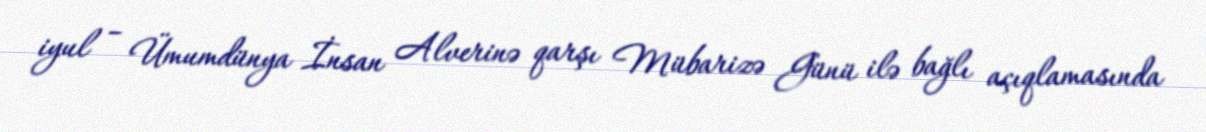
iyul – Ümumdünya İnsan Alverinə qarşı Mübarizə Günü ilə bağlı açıqlamasında